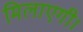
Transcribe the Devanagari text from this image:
मिलाएगी।